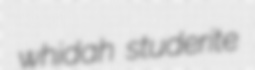
whidah studerite